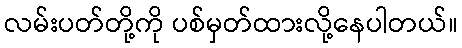
လမ်းပတ်တို့ကို ပစ်မှတ်ထားလို့နေပါတယ်။